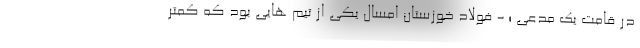
در قامت یک مدعی ؛ - فولاد خوزستان امسال یکی از تیم هایی بود که کمتر